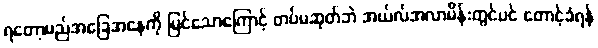
ရတော့မည်အခြေအနေကို မြင်သောကြောင့် တပ်မဆုတ်ဘဲ အယ်လ်အလာမိန်းတွင်ပင် တောင့်ခံရန်